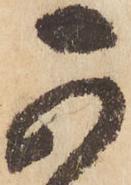
可